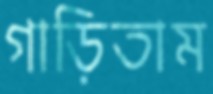
গাড়িতাম